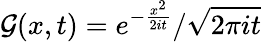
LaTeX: {\cal{G}}(x,t)=e^{-\frac{x^{2}}{2it}}/\sqrt{2\pi it}